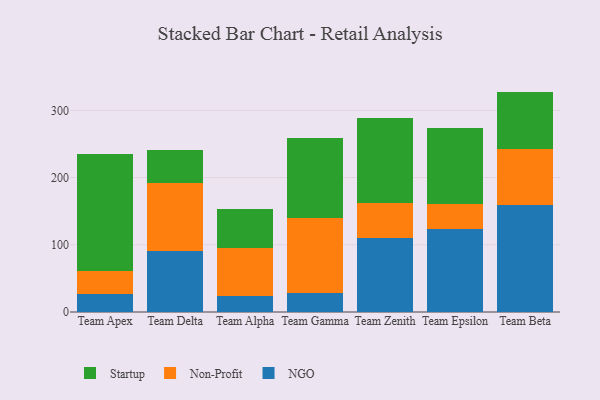
{"axis": {"x": "Team", "y": "Waste Production (Tons)"}, "legend": ["NGO", "Non-Profit", "Startup"], "data": [{"x": "Team Apex", "y": 27.3, "type": "NGO"}, {"x": "Team Apex", "y": 34.0, "type": "Non-Profit"}, {"x": "Team Apex", "y": 174.4, "type": "Startup"}, {"x": "Team Delta", "y": 91.1, "type": "NGO"}, {"x": "Team Delta", "y": 100.7, "type": "Non-Profit"}, {"x": "Team Delta", "y": 49.4, "type": "Startup"}, {"x": "Team Alpha", "y": 24.4, "type": "NGO"}, {"x": "Team Alpha", "y": 70.7, "type": "Non-Profit"}, {"x": "Team Alpha", "y": 58.3, "type": "Startup"}, {"x": "Team Gamma", "y": 28.9, "type": "NGO"}, {"x": "Team Gamma", "y": 111.3, "type": "Non-Profit"}, {"x": "Team Gamma", "y": 118.7, "type": "Startup"}, {"x": "Team Zenith", "y": 110.4, "type": "NGO"}, {"x": "Team Zenith", "y": 52.3, "type": "Non-Profit"}, {"x": "Team Zenith", "y": 125.9, "type": "Startup"}, {"x": "Team Epsilon", "y": 123.1, "type": "NGO"}, {"x": "Team Epsilon", "y": 37.2, "type": "Non-Profit"}, {"x": "Team Epsilon", "y": 112.8, "type": "Startup"}, {"x": "Team Beta", "y": 158.6, "type": "NGO"}, {"x": "Team Beta", "y": 84.1, "type": "Non-Profit"}, {"x": "Team Beta", "y": 85.2, "type": "Startup"}]}